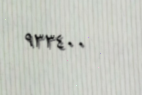
٩٣٣٤٠٠